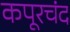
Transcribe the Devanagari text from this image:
कपूरचंद